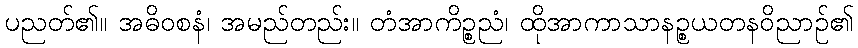
ပညတ်၏။ အဓိဝစနံ၊ အမည်တည်း။ တံအာကိဉ္စညံ၊ ထိုအာကာသာနဉ္စယတနဝိညာဉ်၏